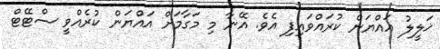
ޚަލީލު އައްޔަން ކުރައްވައިފި އެވެ. އޭނާ މި މަގާމަށް އައްޔަން ކުރެއްވީ ސްޓޭޓް